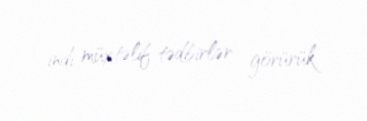
indi müxtəlif tədbirlər görürük.